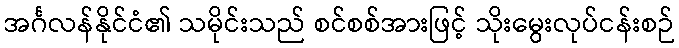
အင်္ဂလန်နိုင်ငံ၏ သမိုင်းသည် စင်စစ်အားဖြင့် သိုးမွေးလုပ်ငန်းစဉ်